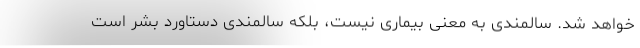
خواهد شد. سالمندی به‌ معنی بیماری نیست، بلکه سالمندی دستاورد بشر است